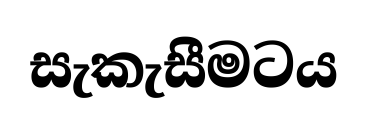
සැකැසීමටය